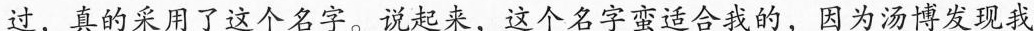
过，真的采用了这个名字。说起来，这个名字蛮合我的，因为汤博发现我